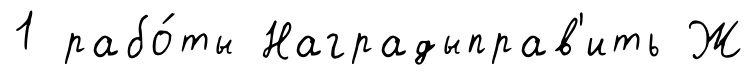
1 рабо́ты Наградыправ'ить Ж